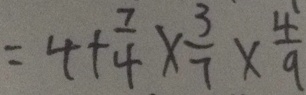
= 4 + \frac { 7 } { 4 } \times \frac { 3 } { 7 } \times \frac { 4 } { 9 }